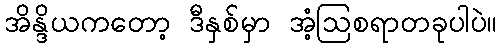
အိန္ဒိယကတော့ ဒီနှစ်မှာ အံ့ဩစရာတခုပါပဲ။